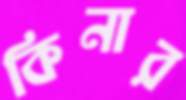
কিনার